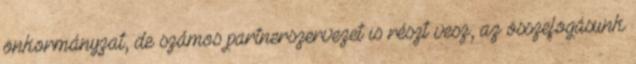
önkormányzat, de számos partnerszervezet is részt vesz, az összefogásunk